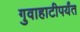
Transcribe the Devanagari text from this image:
गुवाहाटीपर्यंत